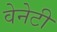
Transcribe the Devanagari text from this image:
वेनेटी